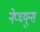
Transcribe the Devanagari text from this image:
नेप्च्युन्स